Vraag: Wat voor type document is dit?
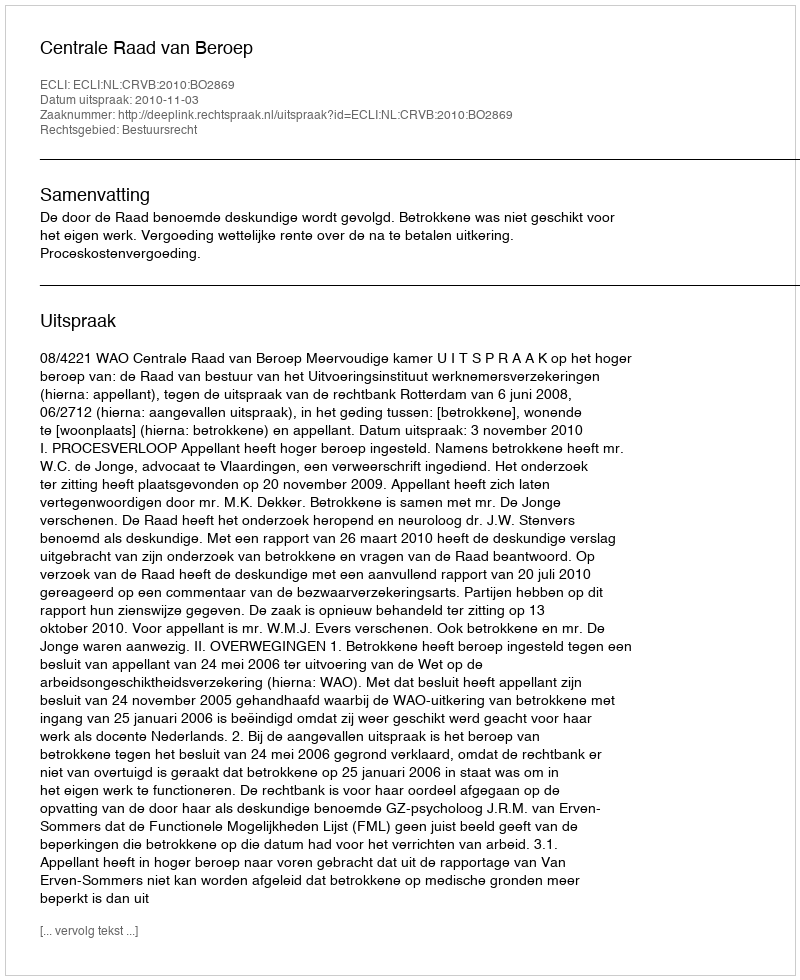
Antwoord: Uitspraak